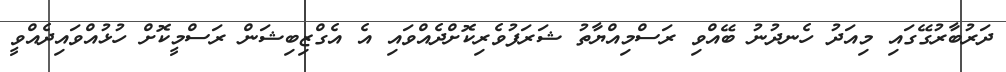
ދަރުބާރުގޭގައި މިއަދު ހެނދުނު ބޭއްވި ރަސްމިއްޔާތު ޝަރަފުވެރިކޮށްދެއްވައި އެ އެގްޒިބިޝަން ރަސްމީކޮށް ހުޅުއްވައިދެއްވީ